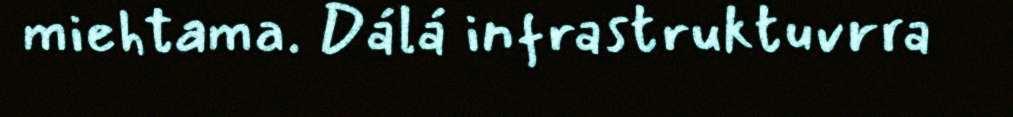
miehtama. Dálá infrastruktuvrra